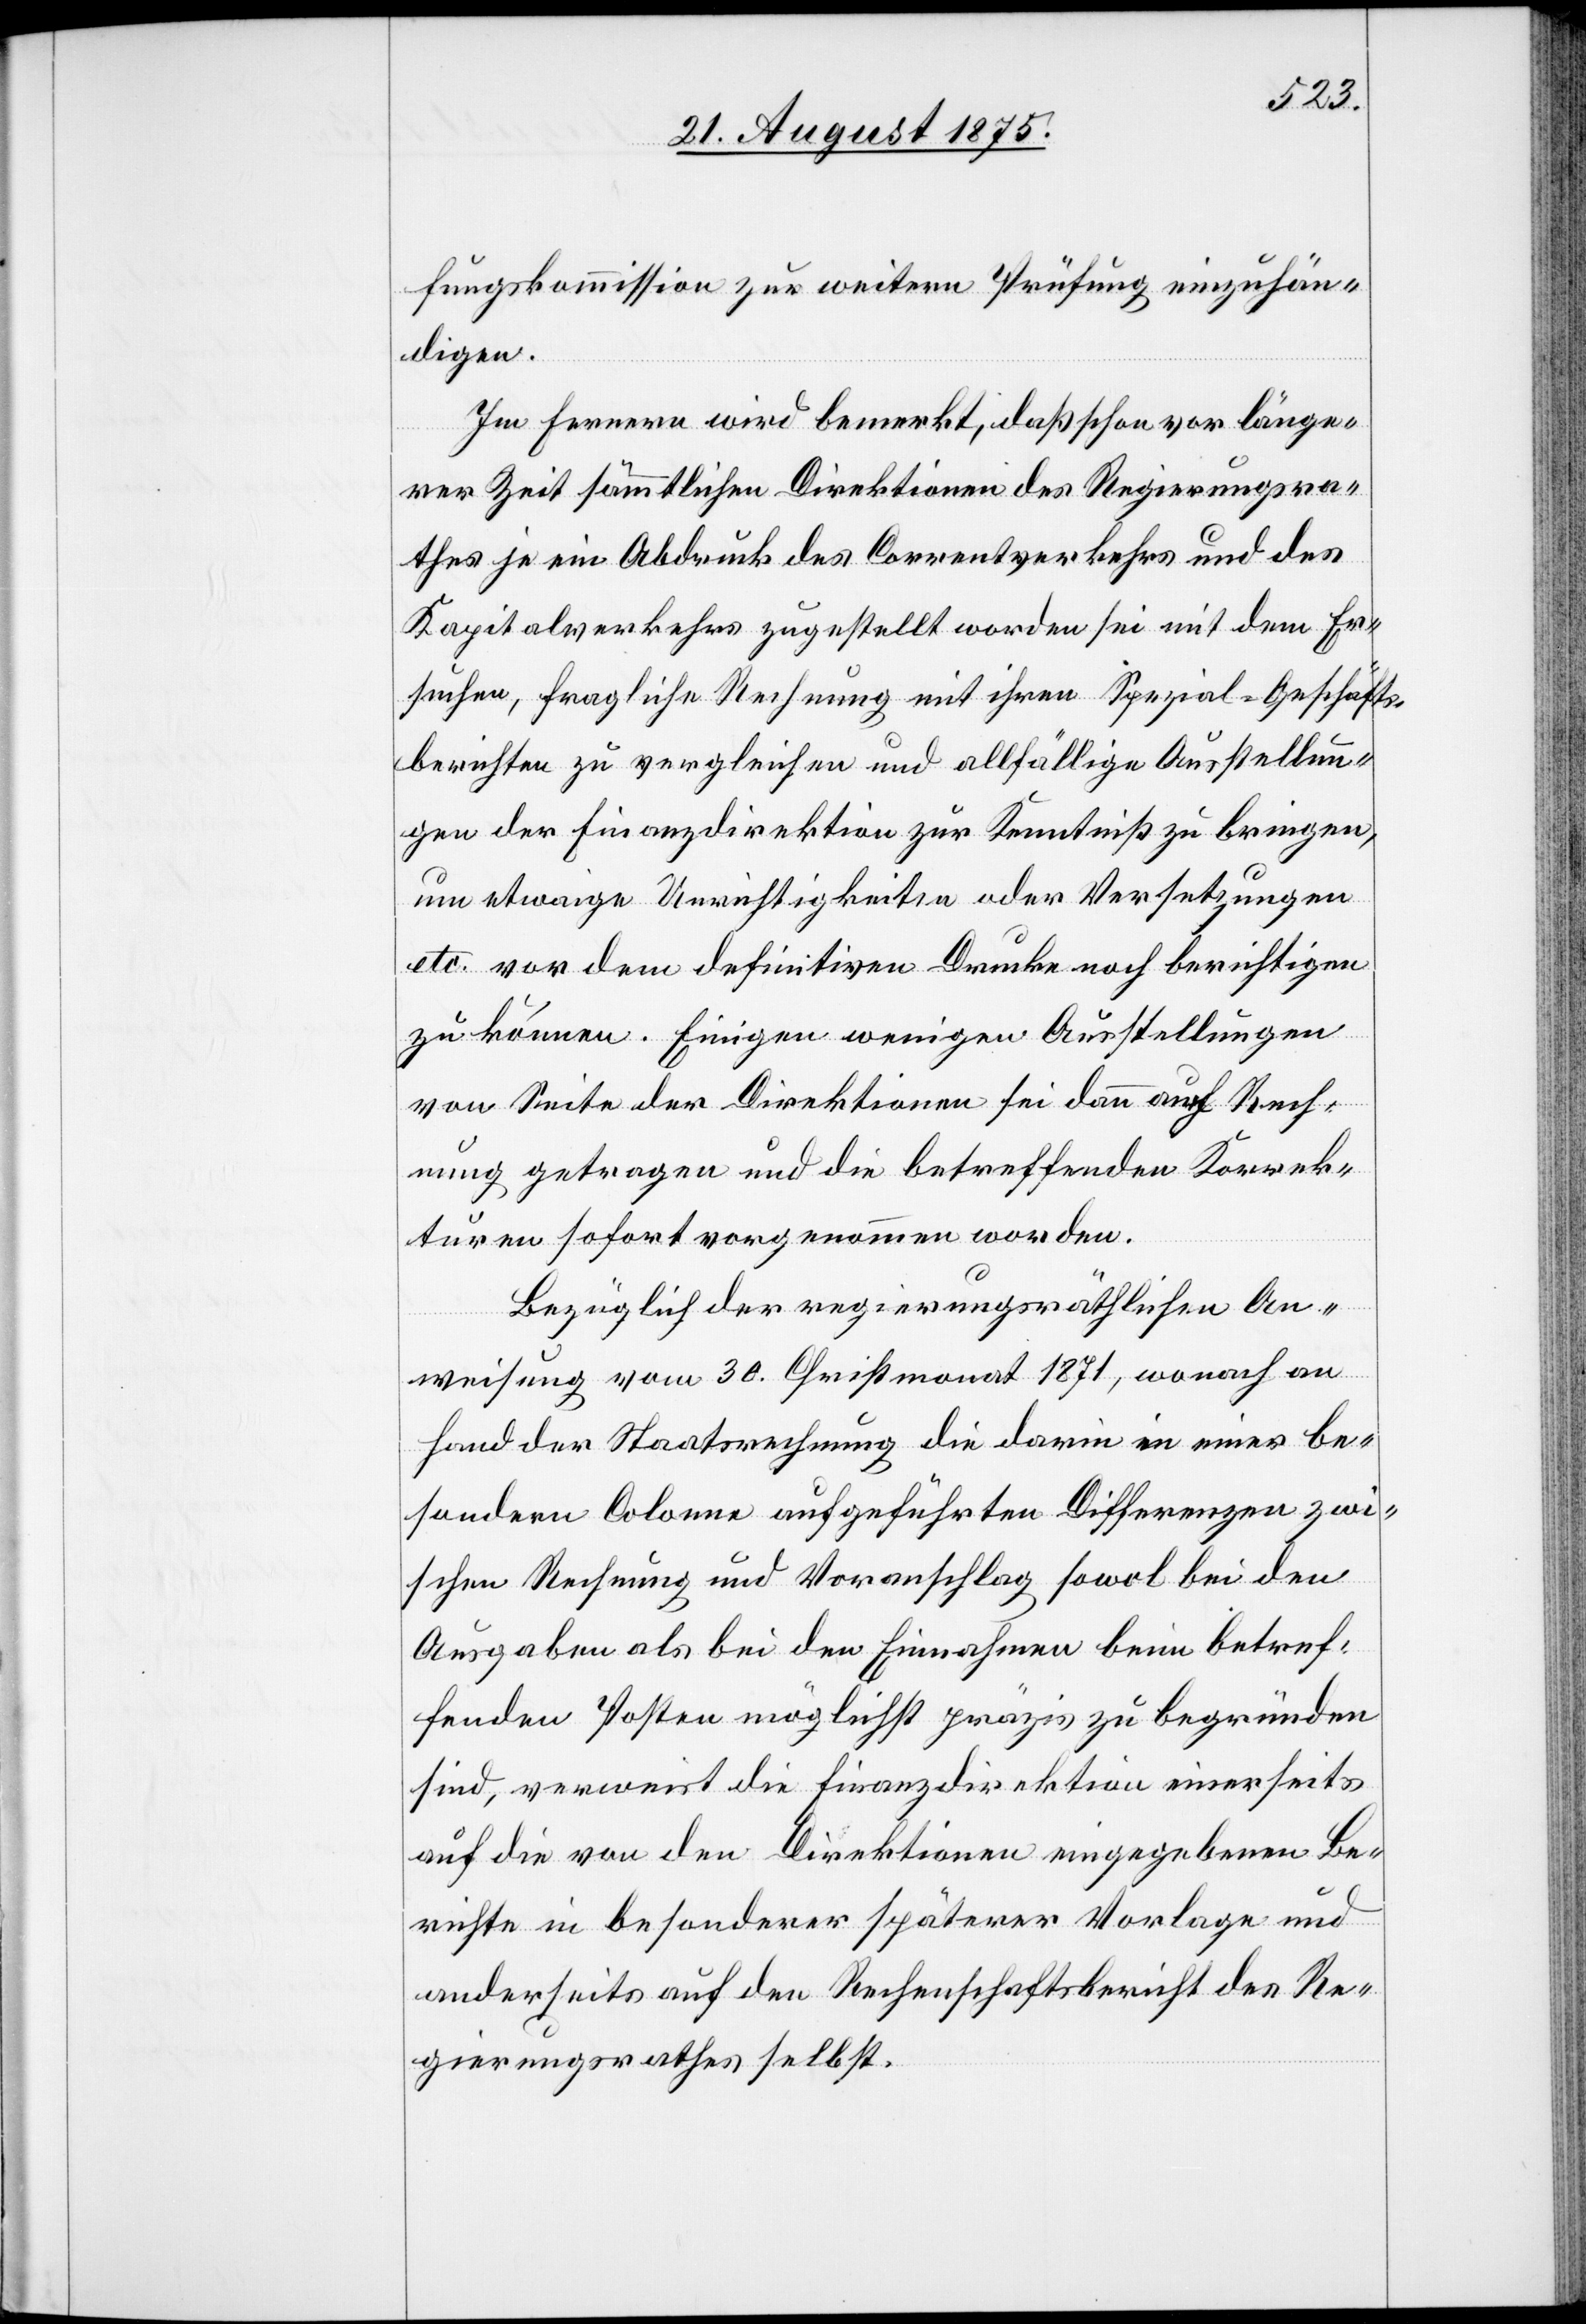
fungskommission zur weitern Prüfung einzuhän¬
digen.
Im fernern wird bemerkt, daß schon vor länge¬
rer Zeit sämmtlichen Direktionen des Regierungsra¬
thes je ein Abdruck des Correntverkehrs und des
Kapitalverkehrs zugestellt worden sei mit dem Er¬
suchen, fragliche Rechnung mit ihren Spezial-Geschäfts¬
berichten zu vergleichen und allfällige Ausstellun¬
gen der Finanzdirektion zur Kenntniß zu bringen,
um etwaige Unrichtigkeiten oder Versetzungen
etc. vor dem definitiven Drucke noch berichtigen
zu können. Einigen wenigen Ausstellungen
von Seite der Direktionen sei dann auch Rech¬
nung getragen und die betreffenden Korrek¬
turen sofort vorgenommen worden.
Bezüglich der regierungsräthlichen An¬
weisung vom 30. Christmonat 1871, wonach an
Hand der Staatsrechnung die darin in einer be¬
sondern Colonne aufgeführten Differenzen zwi¬
schen Rechnung und Voranschlag sowol bei den
Ausgaben als bei den Einnahmen beim betref¬
fenden Posten möglichst präzis zu begründen
sind, verweist die Finanzdirektion einerseits
auf die von den Direktionen eingegebenen Be¬
richte in besonderer späterer Vorlage und
anderseits auf den Rechenschaftsbericht des Re¬
gierungsrathes selbst.